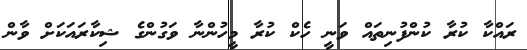
ރައްކާ ކުރާ ކުންފުނިތައް ވަނީ ހެކް ކުރާ މީހުންނާ ވަގުންގެ ޝިކާރައަކަށް ވާން